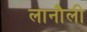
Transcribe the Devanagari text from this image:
लानौली